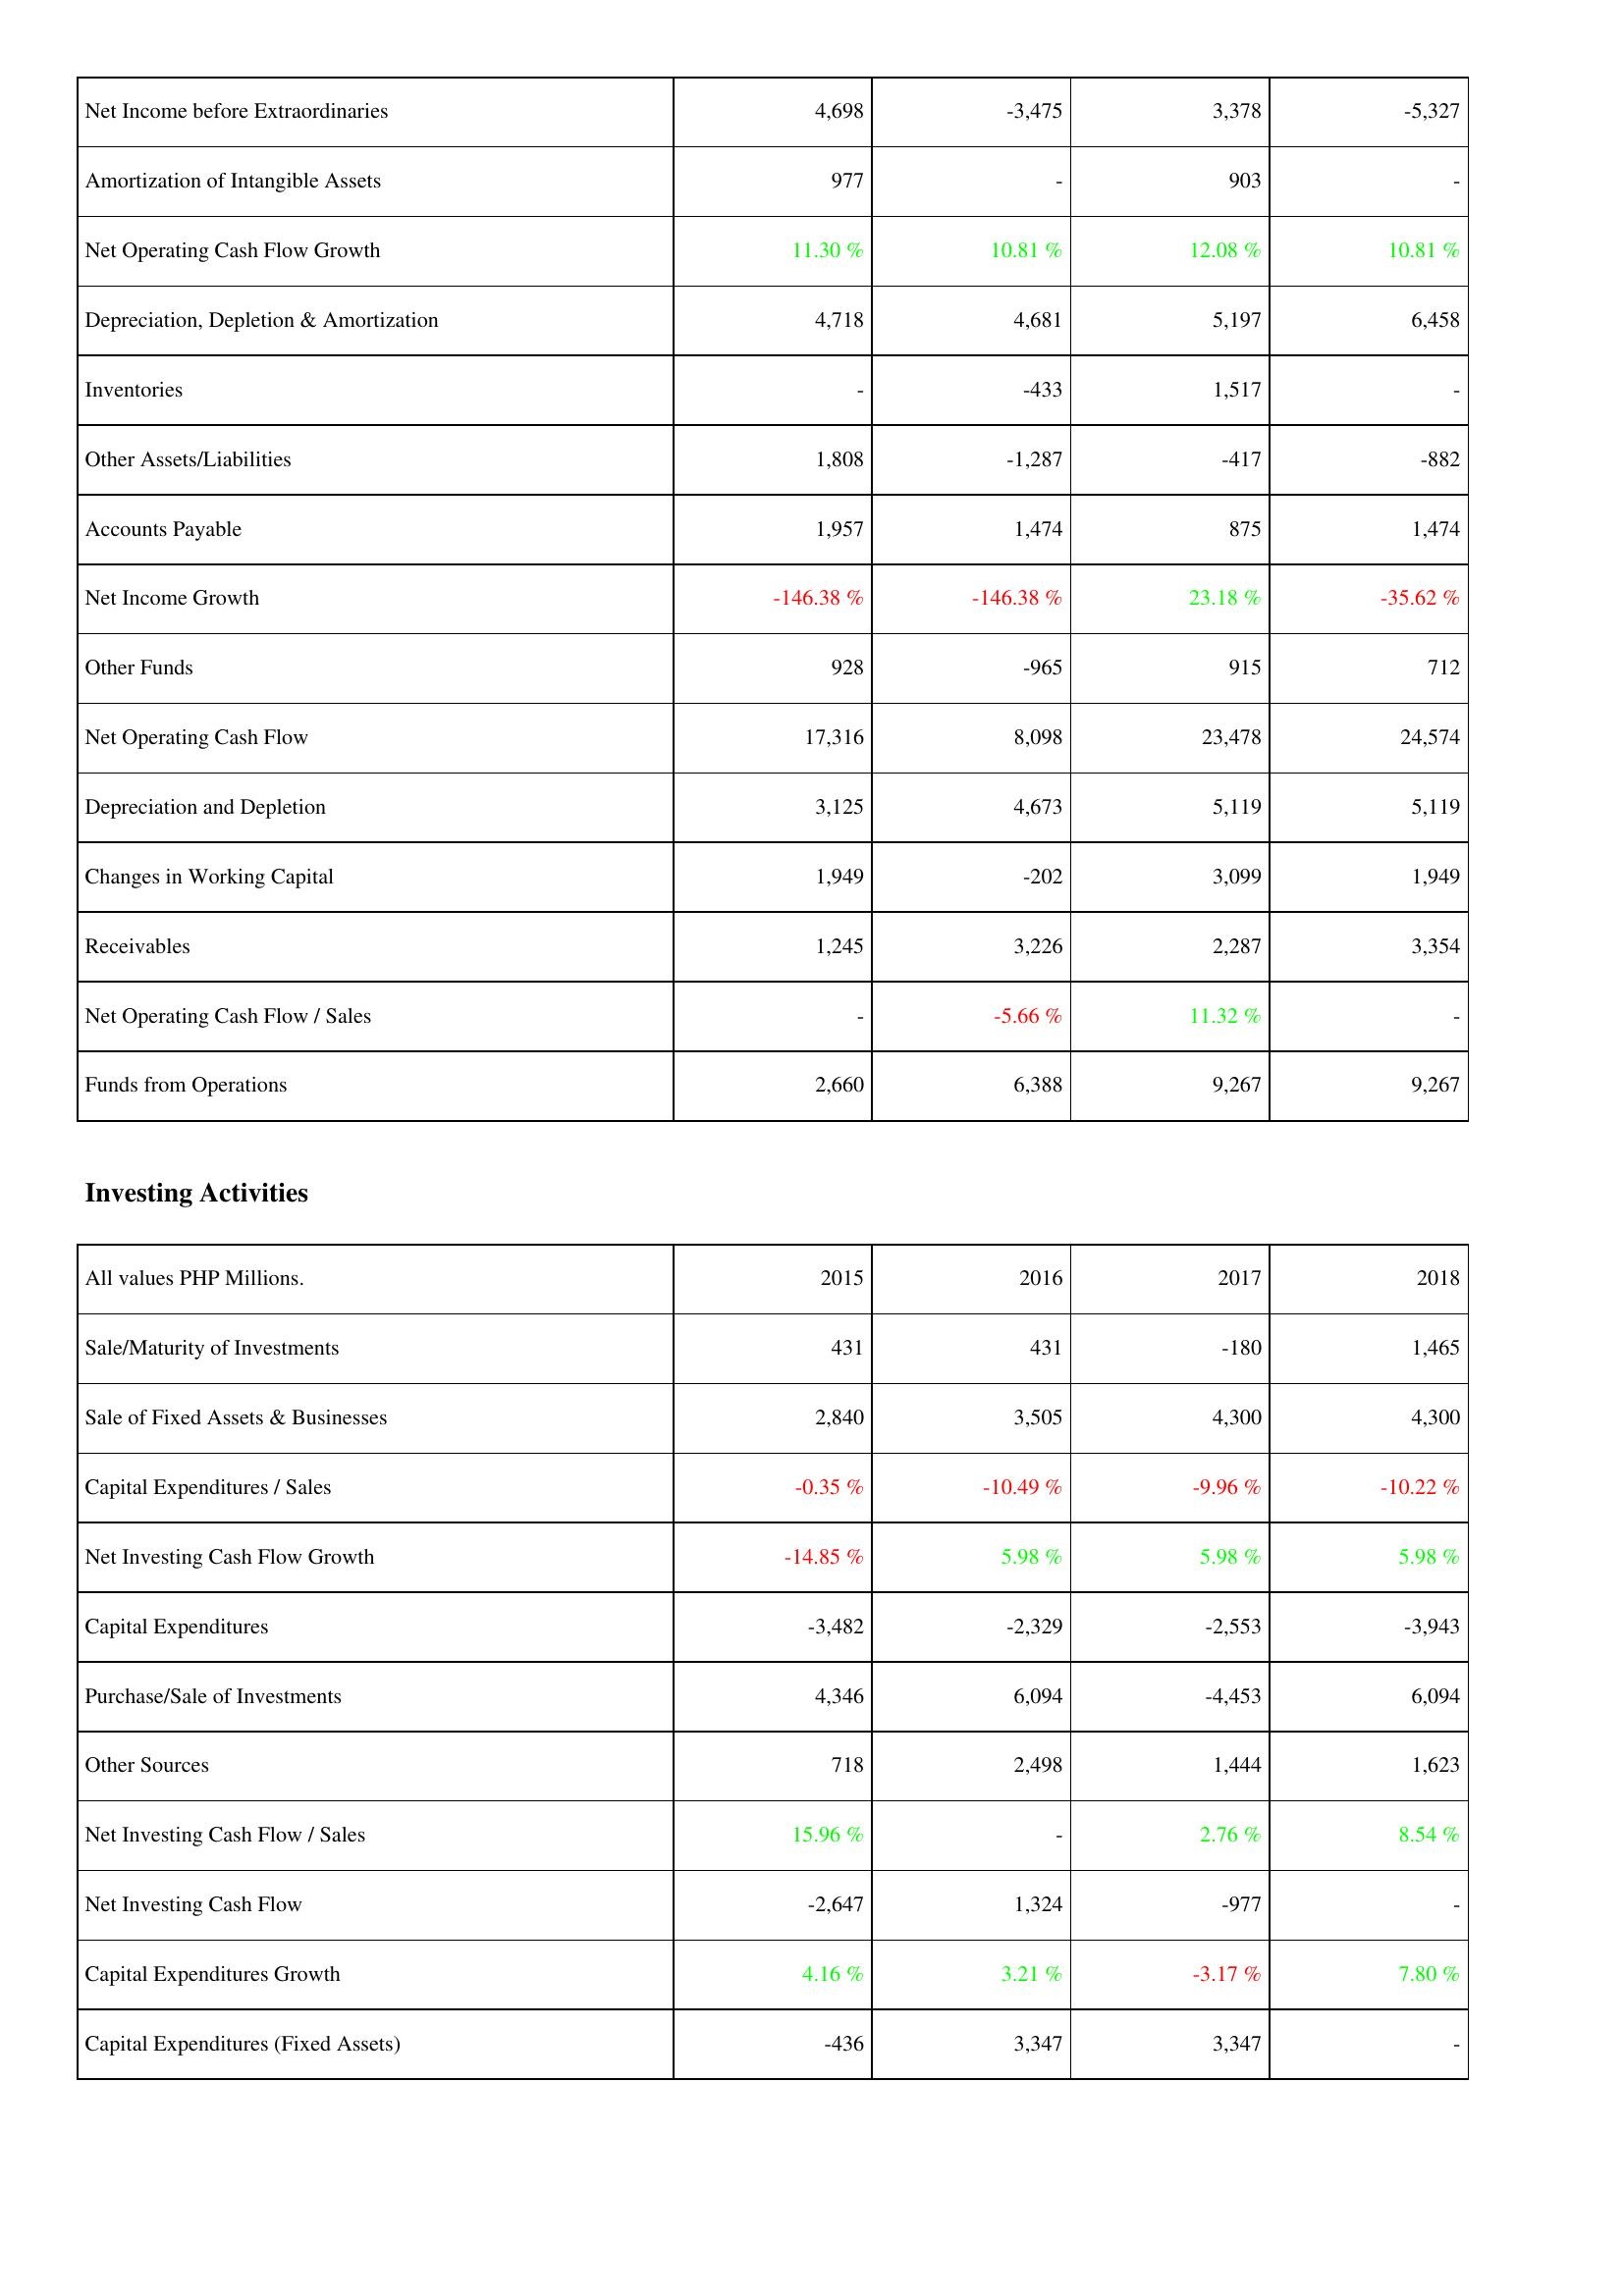
2015: Operating Activities: Net Income before Extraordinaries: 4,698
Amortization of Intangible Assets: 977
Net Operating Cash Flow Growth: 11.30 %
Depreciation, Depletion & Amortization: 4,718
Inventories: -
Other Assets/Liabilities: 1,808
Accounts Payable: 1,957
Net Income Growth: -146.38 %
Other Funds: 928
Net Operating Cash Flow: 17,316
Depreciation and Depletion: 3,125
Changes in Working Capital: 1,949
Receivables: 1,245
Net Operating Cash Flow / Sales: -
Funds from Operations: 2,660
Investing Activities: Sale/Maturity of Investments: 431
Sale of Fixed Assets & Businesses: 2,840
Capital Expenditures / Sales: -0.35 %
Net Investing Cash Flow Growth: -14.85 %
Capital Expenditures: -3,482
Purchase/Sale of Investments: 4,346
Other Sources: 718
Net Investing Cash Flow / Sales: 15.96 %
Net Investing Cash Flow: -2,647
Capital Expenditures Growth: 4.16 %
Capital Expenditures (Fixed Assets): -436
2016: Operating Activities: Net Income before Extraordinaries: -3,475
Amortization of Intangible Assets: -
Net Operating Cash Flow Growth: 10.81 %
Depreciation, Depletion & Amortization: 4,681
Inventories: -433
Other Assets/Liabilities: -1,287
Accounts Payable: 1,474
Net Income Growth: -146.38 %
Other Funds: -965
Net Operating Cash Flow: 8,098
Depreciation and Depletion: 4,673
Changes in Working Capital: -202
Receivables: 3,226
Net Operating Cash Flow / Sales: -5.66 %
Funds from Operations: 6,388
Investing Activities: Sale/Maturity of Investments: 431
Sale of Fixed Assets & Businesses: 3,505
Capital Expenditures / Sales: -10.49 %
Net Investing Cash Flow Growth: 5.98 %
Capital Expenditures: -2,329
Purchase/Sale of Investments: 6,094
Other Sources: 2,498
Net Investing Cash Flow / Sales: -
Net Investing Cash Flow: 1,324
Capital Expenditures Growth: 3.21 %
Capital Expenditures (Fixed Assets): 3,347
2017: Operating Activities: Net Income before Extraordinaries: 3,378
Amortization of Intangible Assets: 903
Net Operating Cash Flow Growth: 12.08 %
Depreciation, Depletion & Amortization: 5,197
Inventories: 1,517
Other Assets/Liabilities: -417
Accounts Payable: 875
Net Income Growth: 23.18 %
Other Funds: 915
Net Operating Cash Flow: 23,478
Depreciation and Depletion: 5,119
Changes in Working Capital: 3,099
Receivables: 2,287
Net Operating Cash Flow / Sales: 11.32 %
Funds from Operations: 9,267
Investing Activities: Sale/Maturity of Investments: -180
Sale of Fixed Assets & Businesses: 4,300
Capital Expenditures / Sales: -9.96 %
Net Investing Cash Flow Growth: 5.98 %
Capital Expenditures: -2,553
Purchase/Sale of Investments: -4,453
Other Sources: 1,444
Net Investing Cash Flow / Sales: 2.76 %
Net Investing Cash Flow: -977
Capital Expenditures Growth: -3.17 %
Capital Expenditures (Fixed Assets): 3,347
2018: Operating Activities: Net Income before Extraordinaries: -5,327
Amortization of Intangible Assets: -
Net Operating Cash Flow Growth: 10.81 %
Depreciation, Depletion & Amortization: 6,458
Inventories: -
Other Assets/Liabilities: -882
Accounts Payable: 1,474
Net Income Growth: -35.62 %
Other Funds: 712
Net Operating Cash Flow: 24,574
Depreciation and Depletion: 5,119
Changes in Working Capital: 1,949
Receivables: 3,354
Net Operating Cash Flow / Sales: -
Funds from Operations: 9,267
Investing Activities: Sale/Maturity of Investments: 1,465
Sale of Fixed Assets & Businesses: 4,300
Capital Expenditures / Sales: -10.22 %
Net Investing Cash Flow Growth: 5.98 %
Capital Expenditures: -3,943
Purchase/Sale of Investments: 6,094
Other Sources: 1,623
Net Investing Cash Flow / Sales: 8.54 %
Net Investing Cash Flow: -
Capital Expenditures Growth: 7.80 %
Capital Expenditures (Fixed Assets): -